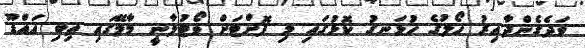
ވަދެގެންދާއިރު ހޯލުގެ ހުޅަނގު ކޮޅުގައި މި ފޮށްޓަށް ވޯޓުލާނީ މާލޭގައި ތިބި އައްޑޫ